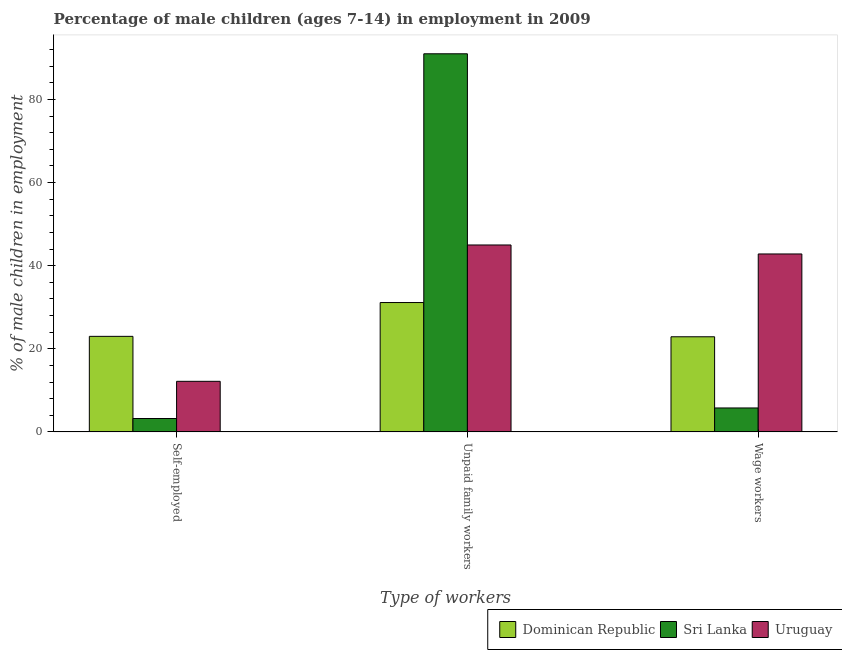
| Type of workers | Dominican Republic | Sri Lanka | Uruguay |
 | --- | --- | --- | --- |
 | Self-employed | 23 | 3.23 | 12.2 |
 | Unpaid family workers | 31.1 | 91 | 45 |
 | Wage workers | 22.9 | 5.77 | 42.8 |